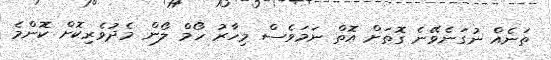
ތަނެއް ނުގަނެވޭނެ ގޮތަށް އޮތް ނަމަވެސް މިހާރު ހޯމް ލޯން މެދުވެރިކޮށް ކޮންމެ